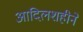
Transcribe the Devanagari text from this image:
आदिलशहीने